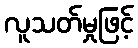
လူသတ်မှုဖြင့်